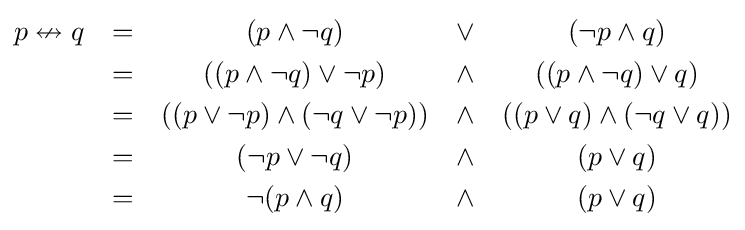
{\begin{matrix}p\nleftrightarrow q&=&(p\land \lnot q)&\lor &(\lnot p\land q)\\[3pt]&=&((p\land \lnot q)\lor \lnot p)&\land &((p\land \lnot q)\lor q)\\[3pt]&=&((p\lor \lnot p)\land (\lnot q\lor \lnot p))&\land &((p\lor q)\land (\lnot q\lor q))\\[3pt]&=&(\lnot p\lor \lnot q)&\land &(p\lor q)\\[3pt]&=&\lnot (p\land q)&\land &(p\lor q)\end{matrix}}